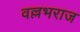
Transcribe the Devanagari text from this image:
वल्लभराज